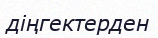
діңгектерден